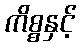
ကိစ္စနှင့်